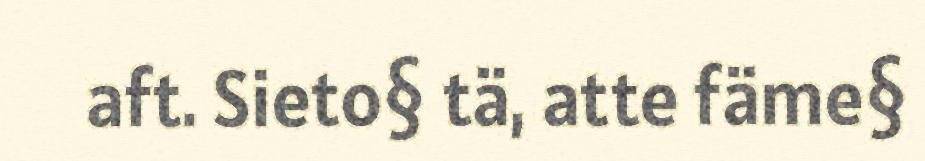
aft. Sieto§ tä, atte fäme§